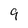
Character: 9